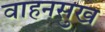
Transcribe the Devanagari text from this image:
वाहनसुख